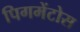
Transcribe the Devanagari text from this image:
पिगमेंटोस